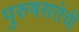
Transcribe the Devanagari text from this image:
पुरुषसत्तेची